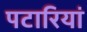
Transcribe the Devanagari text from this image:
पटारियां